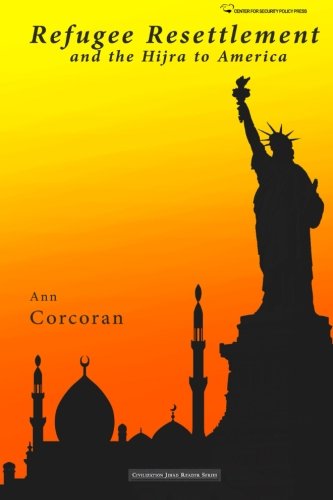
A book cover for Refugee Resettlement and the Hijra to America (Civilization Jihad Reader Series) (Volume 2); Ann Corcoran; Law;